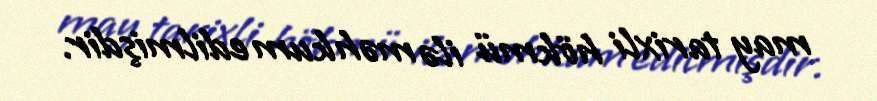
may tarixli hökmü ilə məhkum edilmişdir.